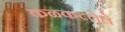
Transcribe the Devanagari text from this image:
कळकटलेले